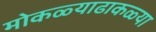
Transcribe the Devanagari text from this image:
मोकळ्याढाकळ्या